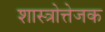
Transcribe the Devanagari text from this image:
शास्त्रोत्तेजक